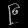
Digit: ၉